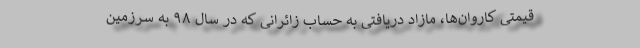
قیمتی کاروان‌ها، مازاد دریافتی به حساب زائرانی که در سال ۹۸ به سرزمین